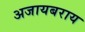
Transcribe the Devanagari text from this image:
अजायबराय